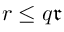
r \leq q \mathfrak { r }